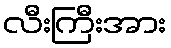
လီးကြီးအား